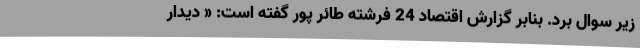
زیر سوال برد. بنابر گزارش اقتصاد 24 فرشته طائر پور گفته است: « دیدار